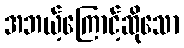
အဘယ့်ကြောင့်ဆိုသော